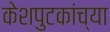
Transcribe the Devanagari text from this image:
केशपुटकांच्या